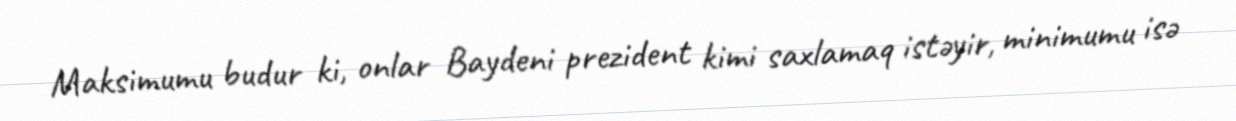
Maksimumu budur ki, onlar Baydeni prezident kimi saxlamaq istəyir, minimumu isə